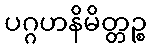
ပဂ္ဂဟနိမိတ္တဉ္စ